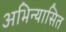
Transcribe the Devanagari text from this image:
अभिन्यासित